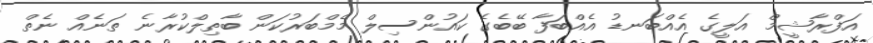
އަފްރާޝީމް އަލީގެ އެއްބަނޑު އެއްބަފާ ބޭބެގެ ކައުންސިލް މެމްބަރުކަން ބާތިލްކުރާނެ ތަނެއް ނެތް